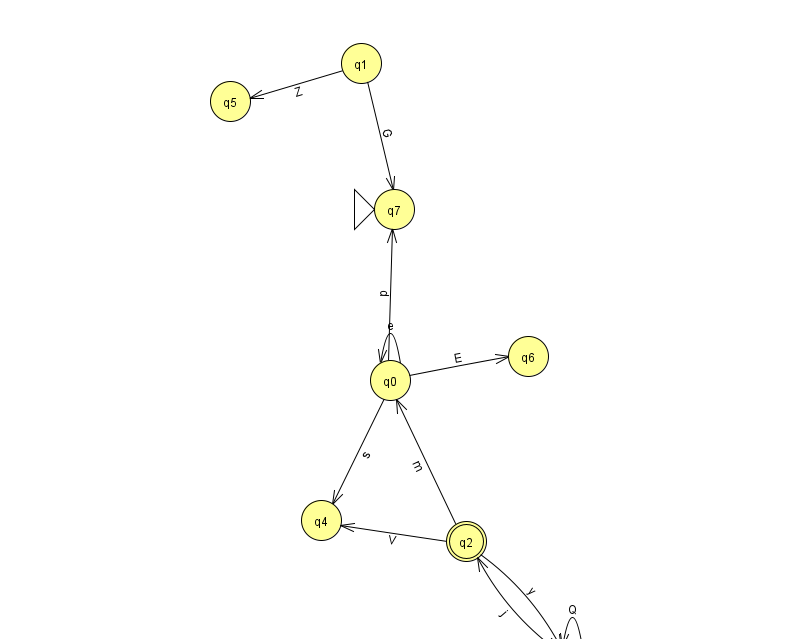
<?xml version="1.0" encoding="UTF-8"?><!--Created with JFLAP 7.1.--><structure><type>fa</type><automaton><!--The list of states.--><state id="0" name="q0"><x>390.0</x><y>367.0</y></state><state id="1" name="q1"><x>361.0</x><y>50.0</y></state><state id="2" name="q2"><x>466.0</x><y>528.0</y><final/></state><state id="3" name="q3"><x>572.0</x><y>651.0</y></state><state id="4" name="q4"><x>321.0</x><y>507.0</y></state><state id="5" name="q5"><x>230.0</x><y>88.0</y></state><state id="6" name="q6"><x>528.0</x><y>343.0</y></state><state id="7" name="q7"><x>394.0</x><y>196.0</y><initial/></state><!--The list of transitions.--><transition><from>2</from><to>4</to><read>V</read></transition><transition><from>3</from><to>3</to><read>Q</read></transition><transition><from>0</from><to>0</to><read>e</read></transition><transition><from>0</from><to>4</to><read>s</read></transition><transition><from>1</from><to>5</to><read>Z</read></transition><transition><from>2</from><to>0</to><read>m</read></transition><transition><from>2</from><to>3</to><read>y</read></transition><transition><from>3</from><to>2</to><read>j</read></transition><transition><from>0</from><to>6</to><read>E</read></transition><transition><from>0</from><to>7</to><read>p</read></transition><transition><from>1</from><to>7</to><read>G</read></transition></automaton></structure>